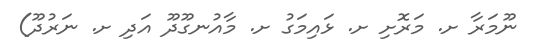
ނޫމަރާ ށ. މަރޮށި ށ. ޅައިމަގު ށ. މާއުނގޫދޫ އަދި ށ. ނަރުދޫ)